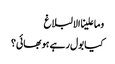
وما علینا الالبلاغ
کیا بول رہے ہو بھائی؟